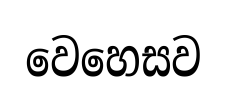
වෙහෙසව